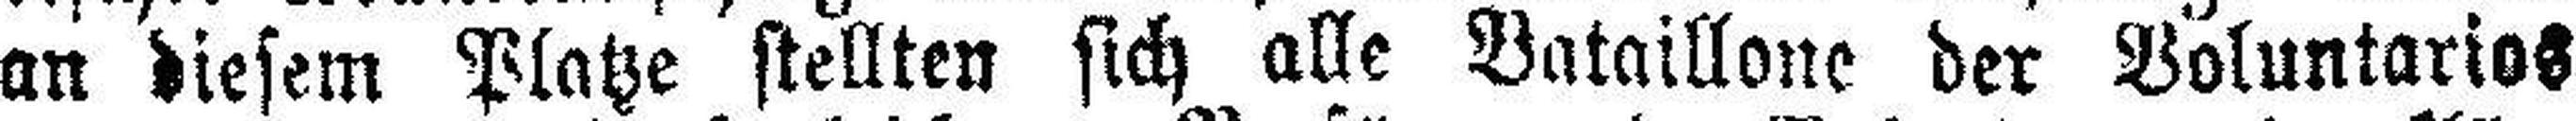
an diesem Platze stellten sich alle Bataillone der Voluntarios